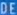
DE